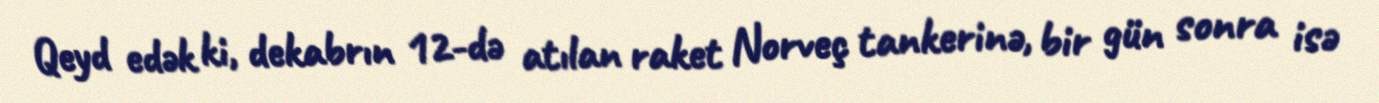
Qeyd edək ki, dekabrın 12-də atılan raket Norveç tankerinə, bir gün sonra isə